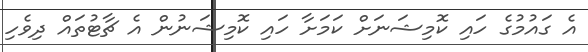
އެ ގައުމުގެ ހައި ކޮމިޝަނަށް ކަމަށާ ހައި ކޮމިޝަނުން އެ ޗާޓުތައް ދިވެހި